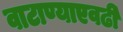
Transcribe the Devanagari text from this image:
वाटाण्याएवढी